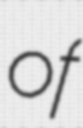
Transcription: of